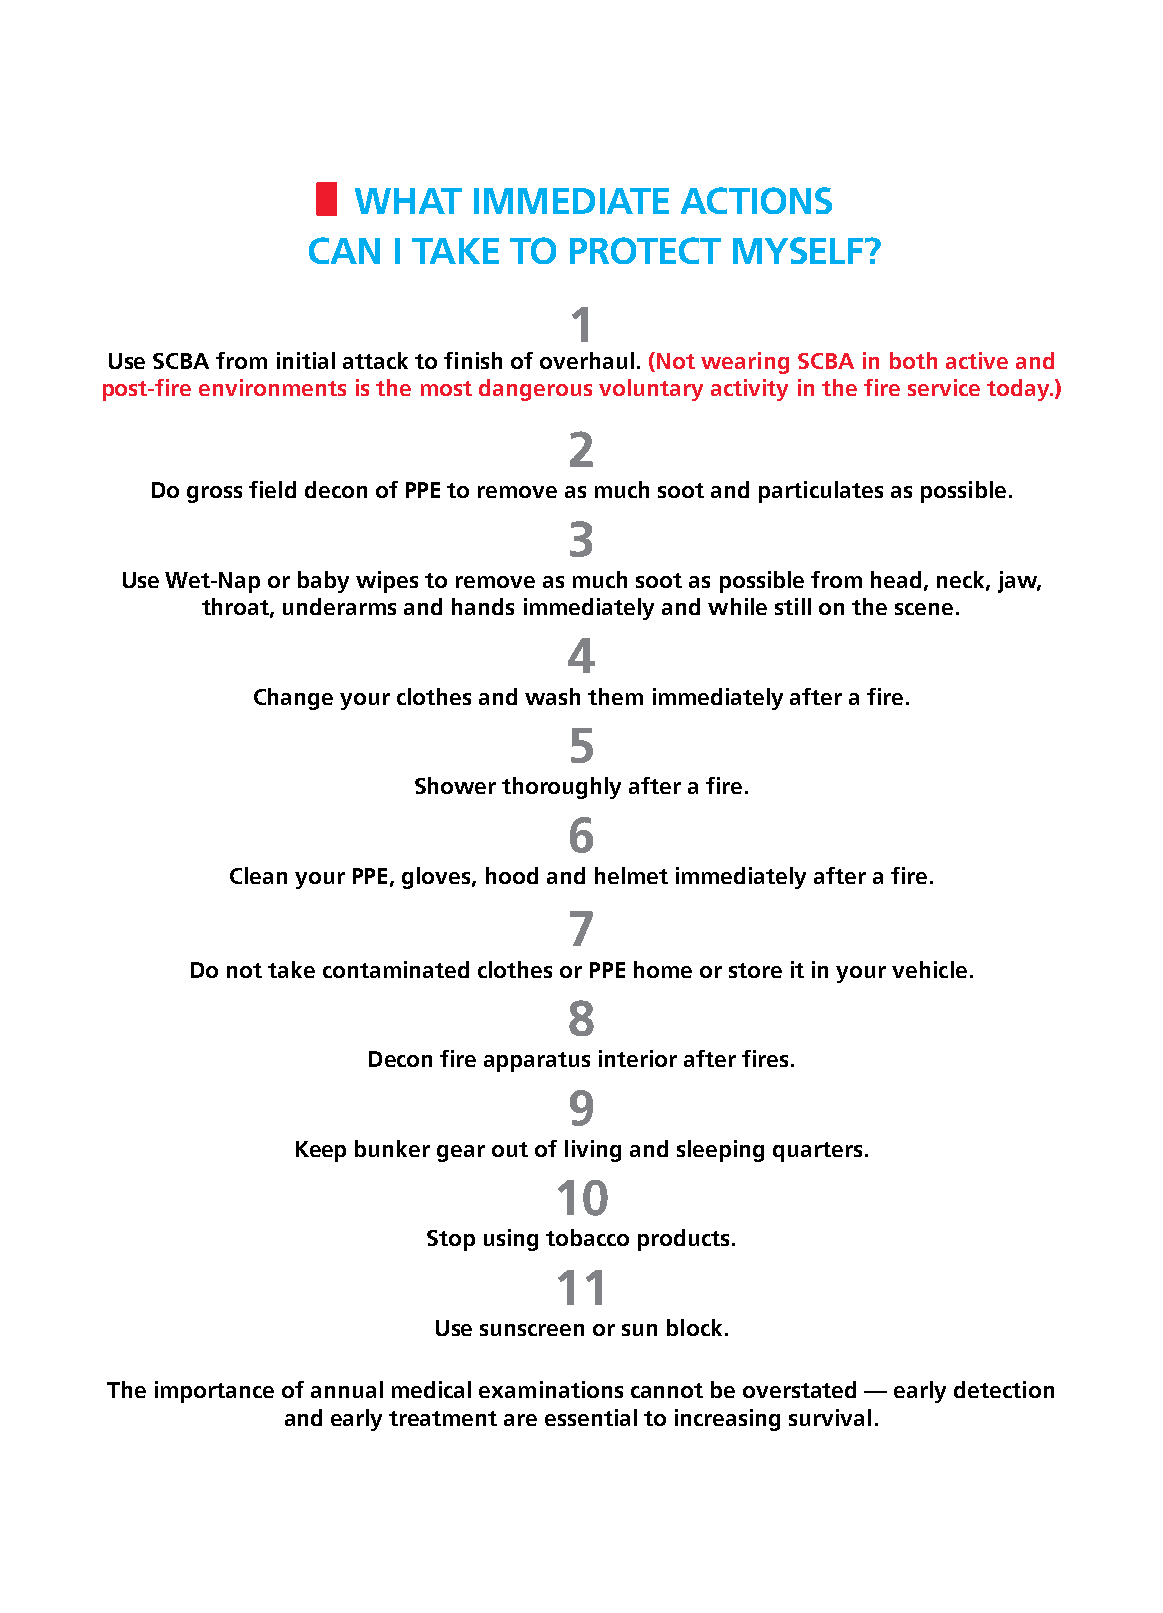
WhAT    immediATe     ACTioNS
 CAN   i TAke  To  pRoTeCT   mySelF?
 1
 use SCBA from initial attack to finish of overhaul. (Not wearing SCBA in both active and
 post-fire environments is the most dangerous voluntary activity in the fire service today.)
 2
 do gross field decon of ppe to remove as much soot and particulates as possible.
 3
 use Wet-Nap or baby wipes to remove as much soot as possible from head, neck, jaw,
 throat, underarms and hands immediately and while still on the scene.
 4
 Change your clothes and wash them immediately after a fire.
 5
 Shower thoroughly after a fire.
 6
 Clean your ppe, gloves, hood and helmet immediately after a fire.
 7
 do not take contaminated clothes or ppe home or store it in your vehicle.
 8
 decon fire apparatus interior after fires.
 9
 keep bunker gear out of living and sleeping quarters.
 10
 Stop using tobacco products.
 11
 use sunscreen or sun block.
 The importance of annual medical examinations cannot be overstated — early detection
 and early treatment are essential to increasing survival.